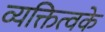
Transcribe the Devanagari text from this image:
व्यक्तित्वके